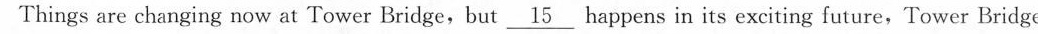
Things are changing now at Tower Bridge,but \nuderline{15} happens in its exciting future, Tower Bridge